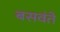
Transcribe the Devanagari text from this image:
बसवंते